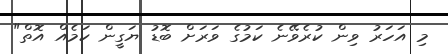
މި އަހަރު ވިން ކުރެވޭނެ ކަމުގެ ވަރަށް ބޮޑު ޔަގީން ކަމެއް އޮތް"